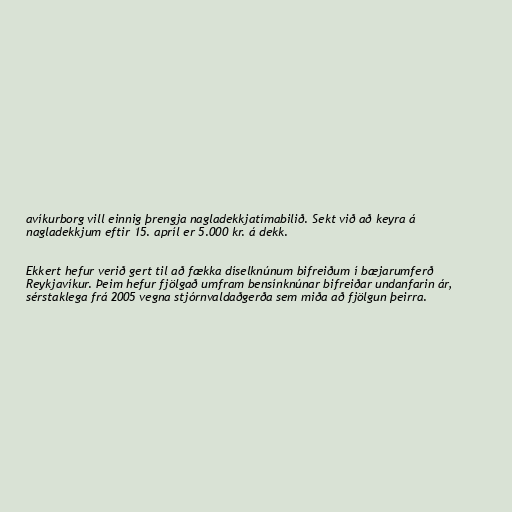
avíkurborg vill einnig þrengja nagladekkjatímabilið. Sekt við að keyra á
nagladekkjum eftir 15. apríl er 5.000 kr. á dekk.

Ekkert hefur verið gert til að fækka díselknúnum bifreiðum í bæjarumferð
Reykjavíkur. Þeim hefur fjölgað umfram bensínknúnar bifreiðar undanfarin ár,
sérstaklega frá 2005 vegna stjórnvaldaðgerða sem miða að fjölgun þeirra.